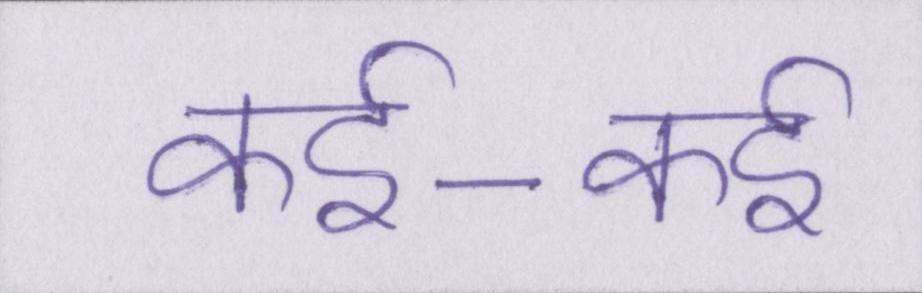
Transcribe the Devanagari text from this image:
कई-कई